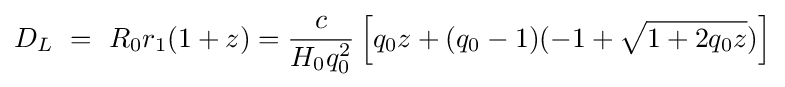
D_{L}\ =\ R_{0}r_{1}(1+z)={\frac {c}{H_{0}q_{0}^{2}}}\left[q_{0}z+(q_{0}-1)(-1+{\sqrt {1+2q_{0}z}})\right]